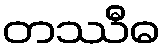
တဿီဓ